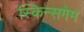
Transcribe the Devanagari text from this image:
स्किन्सगेम